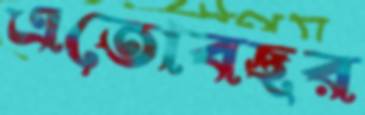
এতোবছর